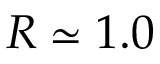
R \simeq 1 . 0